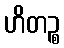
ဟိတဉ္စ